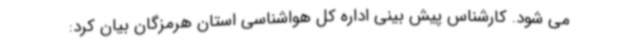
می شود. کارشناس پیش بینی اداره کل هواشناسی استان هرمزگان بیان کرد: